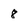
Character: 8